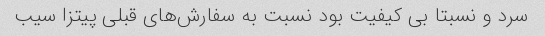
سرد و نسبتا بی کیفیت بود نسبت به سفارش‌های قبلی پیتزا سیب